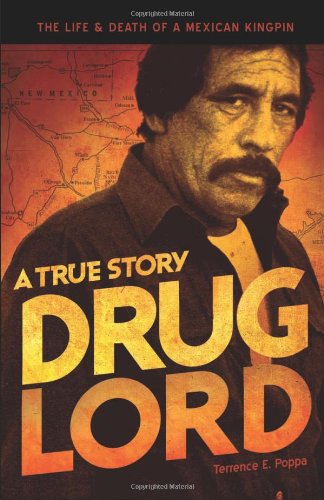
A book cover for Drug Lord: A True Story: The Life and Death of a Mexican Kingpin; Terrence E. Poppa; Biographies & Memoirs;